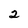
Character: 2